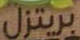
بريتزل